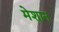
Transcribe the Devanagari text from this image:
मेशान